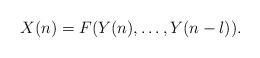
LaTeX: \begin{align*}X(n)=F(Y(n),\ldots,Y(n-l)).\end{align*}